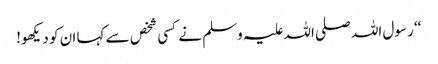
‘‘ رسول اللہ صلی اللہ علیہ وسلم نے کسی شخص سے کہا ان کو دیکھو!